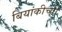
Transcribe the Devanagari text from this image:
बियांकीच्या